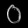
Digit: ၀